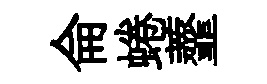
侖蜷虀